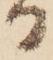
る